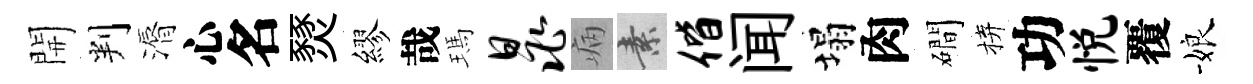
開判漘心名燹繆哉瑪晁病素偕闻塌肉磵拚功悦覆娘